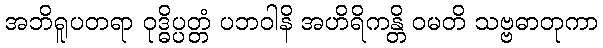
အဘိရူပတရာ ဝုဒ္ဓိပ္ပတ္တံ ပဘဝါနိ အဟိရိကန္တိ ဝမတိ သဗ္ဗဓာတုကာ